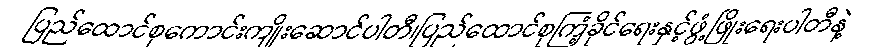
ပြည်ထောင်စုကောင်းကျိုးဆောင်ပါတီ၊ပြည်ထောင်စုကြံ့ခိုင်ရေးနှင့်ဖွံ့ဖြိုးရေးပါတီနဲ့